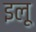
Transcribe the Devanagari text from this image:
इलू